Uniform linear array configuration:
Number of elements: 64
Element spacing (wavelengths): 0.5
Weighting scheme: kaiser
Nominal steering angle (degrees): -60
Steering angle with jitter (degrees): -61.229
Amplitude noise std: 0.05
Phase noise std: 0.05

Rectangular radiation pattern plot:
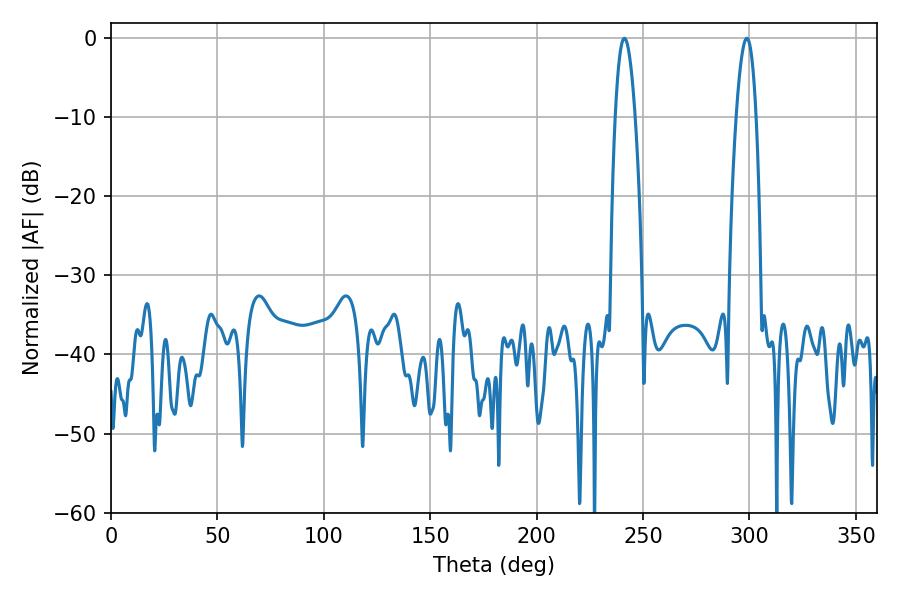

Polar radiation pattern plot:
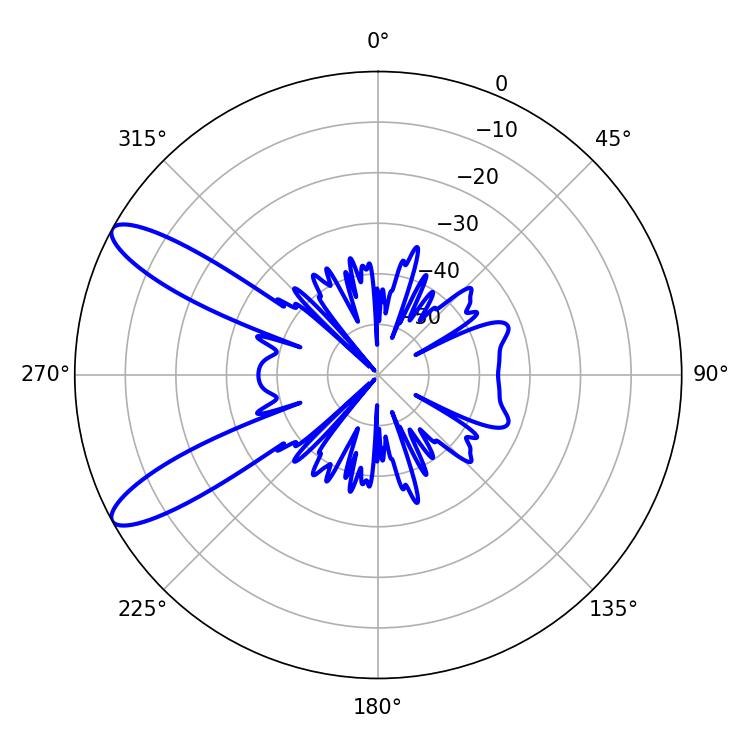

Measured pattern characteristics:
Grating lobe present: FALSE
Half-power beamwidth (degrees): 5.04
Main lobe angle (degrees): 241.2